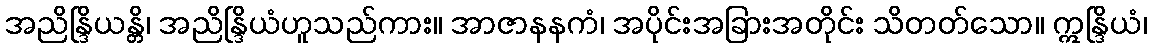
အညိန္ဒြိယန္တိ၊ အညိန္ဒြိယံဟူသည်ကား။ အာဇာနနကံ၊ အပိုင်းအခြားအတိုင်း သိတတ်သော။ ဣန္ဒြိယံ၊